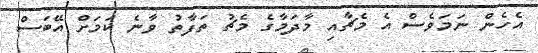
އެހެން ނަމަވެސް އެ މެޗާއި މާދަމާގެ މެޗު ތަފާތު ވާނެ ކަމަށް އޭބަސް